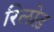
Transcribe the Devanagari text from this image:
रिलोड़